Civil Veterinary Dept. Bombay admin report 1932-41 - 1932-1941
Year: 1932
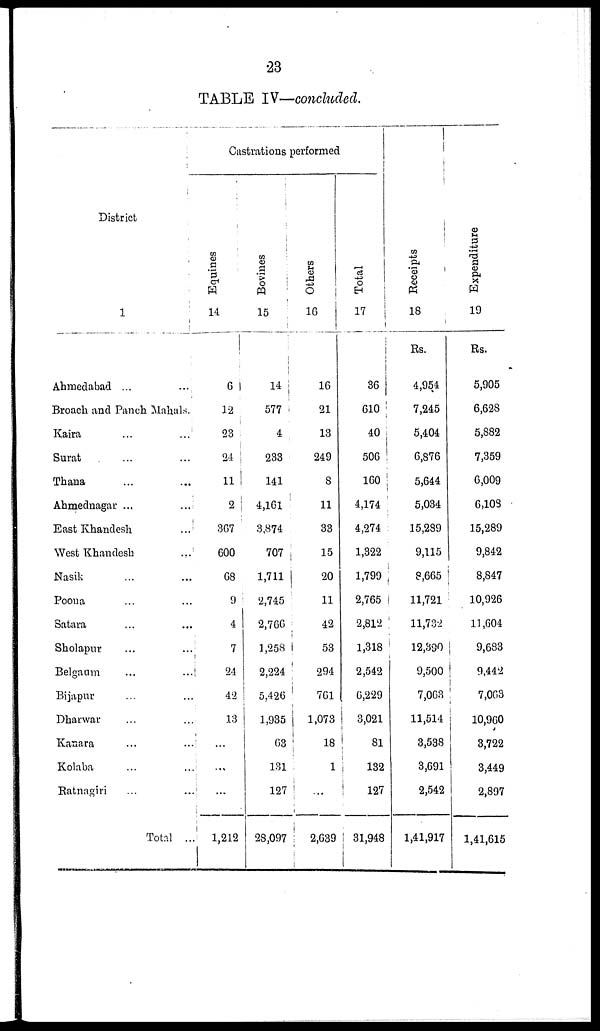
23
TABLE IV—concluded.
District
1
Ahmedabad ... ...
Broach and Panch Mahals.
Kaira
...
...
Surat ... ...
Thana ... ...
Ahmednagar ...
...
East Khandesh
...
West Khandesh
...
Nasik ... ...
Poona ... ...
Satara ... ...
Sholapur ... ...
Belgaum ... ...
Bijapur ... ...
Dharwar ... ...
Kanara ... ...
Kolaba ... ...
Ratnagiri ... ...
Total ...
Castrations performed
Equines
14
6
12
23
24
11 1
2
367
600
68
9
4
7
24
42
13
...
...
...
1,212
Bovines
15
14
577
4
233
141
4,161
3,874
707
1,711
2,745
2,766
1,258
2,224
5,426
1,935
63
131
127
28,097
Others
16
16
21
13
249
8
11
33
15
20
11
42
53
294
761
1,073
18
1
...
2,639
Total
17
36
610
40
506
160
4,174
4,274
1,322
1,799
2,765
2,812
1,318
2,542
6,229
3,021
81
132
127
31,948
Receipts
18
Rs.
4,954
7,245
5,404
6,876
5,644
5,034
15,289
9,115
8,665
11,721
11,732
12,390
9,500
7,063
11,514
3,538
3,691
2,542
1,41,917
Expenditure
19
Rs.
5,905
6,628
5,882
7,359
6,009
6,108
15,289
9,842
8,847
10,926
11,604
9,683
9,442
7,063
10,960
3,722
3,449
2,897
1,41,615